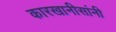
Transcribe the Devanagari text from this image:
कारखानीसांनी